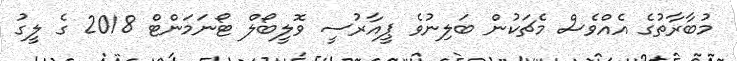
މުބާރާތުގެ އެއްވެސް މެޗަކުން ބަލިނުވެ ޕީއާރުސީ ވޮލީބޯލް ޓޯނަމަންޓް 2018 ގެ ލީގު